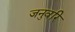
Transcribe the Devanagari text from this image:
जनुवरि